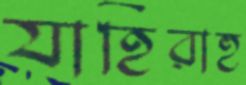
যাহিরাহু